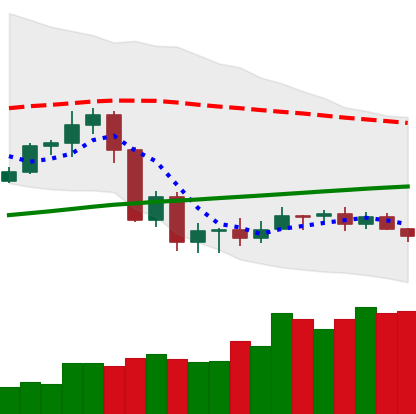
Ticker: ADA-USD
Chart end date: 2020-09-16
Forward return: -12.244%
Label: down_7plus